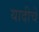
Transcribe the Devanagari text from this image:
यादीचे